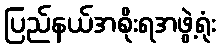
ပြည်နယ်အစိုးရအဖွဲ့ရုံး